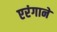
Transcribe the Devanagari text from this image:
एरंगाने